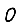
Digit: 0